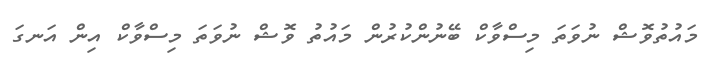
މައުތުވޮޝް ނުވަތަ މިސްވާކް ބޭނުންކުރުން މައުތު ވޮޝް ނުވަތަ މިސްވާކް އިން އަނގަ